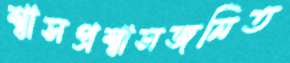
শ্বাসপ্রশ্বাসজনিত